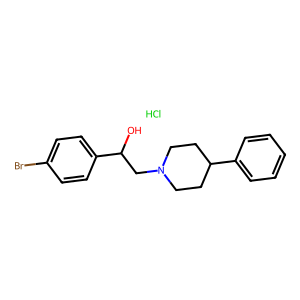
SMILES: Cl.OC(CN1CCC(c2ccccc2)CC1)c1ccc(Br)cc1
Inhibits HIV replication: No